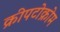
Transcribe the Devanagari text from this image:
क्रीपटोक्रोम